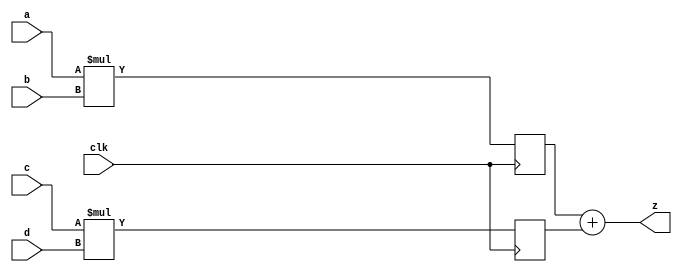
module multaccum32 (clk, a, b, c, d, z);
	input clk;
	input [31:0] a;
	input [31:0] b;
	input [31:0] c;
	input [31:0] d;
	output [63:0] z;

	wire [63:0] z1;
	wire [63:0] z2;
	
	reg [63:0] z1_1;
	reg [63:0] z2_1;
	
	always @ (posedge clk) begin

			z1_1 <= z1;
			z2_1 <= z2;

	end
	
	assign z = z1_1 + z2_1;
	assign z1 = a * b;
	assign z2 = c * d;
	
endmodule